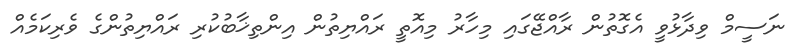
ނަސީމް ވިދާޅުވީ އެގޮތުން ރާއްޖޭގައި މިހާރު މިއޮތީ ރައްޔިތުން އިންތިޚާބުކުރި ރައްޔިތުންގެ ވެރިކަމެއް